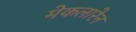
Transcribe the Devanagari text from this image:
मेकलारेन